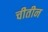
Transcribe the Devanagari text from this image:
चीतीन